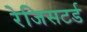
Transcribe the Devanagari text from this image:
रेजिसटर्ड